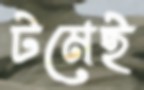
টমেই